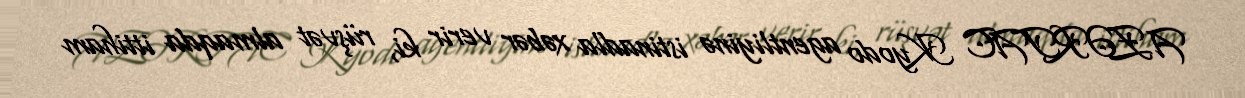
AZƏRTAC Kyodo agentliyinə istinadla xəbər verir ki, rüşvət almaqda ittiham